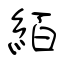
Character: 絔